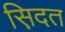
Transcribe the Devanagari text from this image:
स़िदत